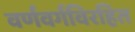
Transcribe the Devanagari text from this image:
वर्णवर्गविरहित